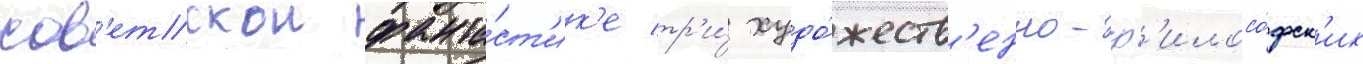
сов'етскои фанта́ст'ик'е тр'и́ худо́жеств'енно-ф'илосо́фск'их